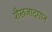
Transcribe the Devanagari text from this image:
शैख़जादगान